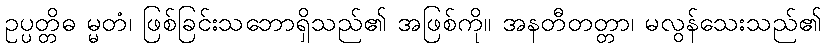
ဥပ္ပတ္တိဓ မ္မတံ၊ ဖြစ်ခြင်းသဘောရှိသည်၏ အဖြစ်ကို။ အနတီတတ္တာ၊ မလွန်သေးသည်၏